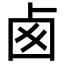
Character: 卥